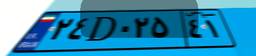
۹۶D۱۸۹۷۰